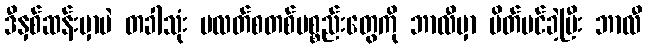
ဒီနှစ်ဆန်းမှာပဲ တခါသုံး ပလတ်စတစ်ပစ္စည်းတွေကို ဘာလီမှာ ပိတ်ပင်ခဲ့ပြီး ဘာလီ